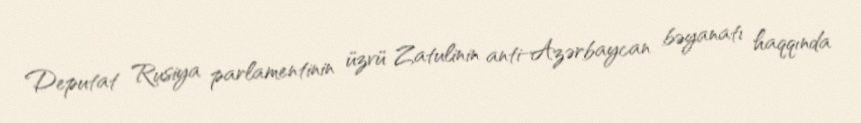
Deputat Rusiya parlamentinin üzvü Zatulinin anti-Azərbaycan bəyanatı haqqında